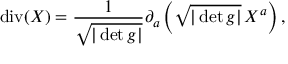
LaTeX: \operatorname { d i v } ( X ) = { \frac { 1 } { \sqrt { | \det g | } } } \partial _ { a } \left( { \sqrt { | \det g | } } \, X ^ { a } \right) ,